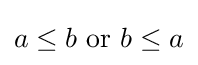
a\leq b{\text{ or }}b\leq a